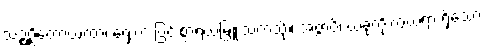
သဉ္ဇဂ္ဃိတောယထာ၊ ရှေးက ပြင်းစွာရယ်မြူးသကဲ့သို့။ အဇ္ဇာပိ၊ ယခုကိုးကွယ်ရာ ရှိသော